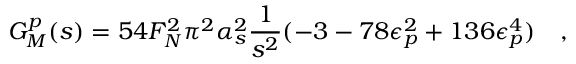
G _ { M } ^ { p } ( s ) = 5 4 F _ { N } ^ { 2 } \pi ^ { 2 } \alpha _ { s } ^ { 2 } \frac { 1 } { s ^ { 2 } } ( - 3 - 7 8 \epsilon _ { p } ^ { 2 } + 1 3 6 \epsilon _ { p } ^ { 4 } ) \quad ,